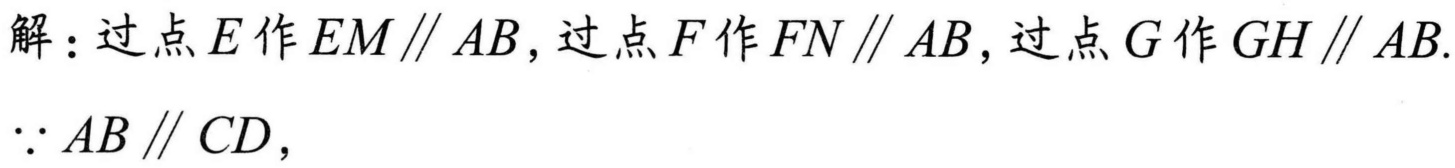
解：过点\(E\)作\(EM\parallel AB\)，过点\(F\)作\(FN\parallel AB\)，过点\(G\)作\(GH\parallel AB\).
\(\because AB\parallel CD\)，